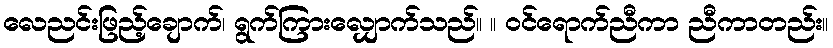
လေညင်းဖြည့်ချောက်၊ ရွက်ကြားလျှောက်သည်။ ။ ဝင်ရောက်ညီကာ ညီကာတည်း။